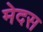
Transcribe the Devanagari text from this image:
मेदस